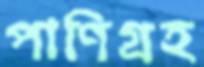
পাণিগ্রহ